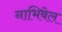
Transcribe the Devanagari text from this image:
नाभिबेल